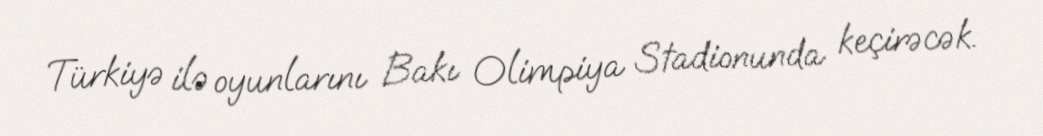
Türkiyə ilə oyunlarını Bakı Olimpiya Stadionunda keçirəcək.